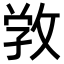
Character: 𢽑